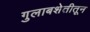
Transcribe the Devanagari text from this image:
गुलाबशेतीतून